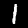
Digit: 1